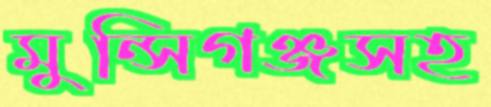
মুন্সিগঞ্জসহ